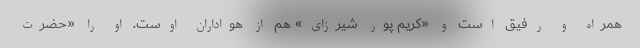
همراه و رفیق‌ است و «کریم پور شیرزای» هم از هواداران اوست. او را «حضرت